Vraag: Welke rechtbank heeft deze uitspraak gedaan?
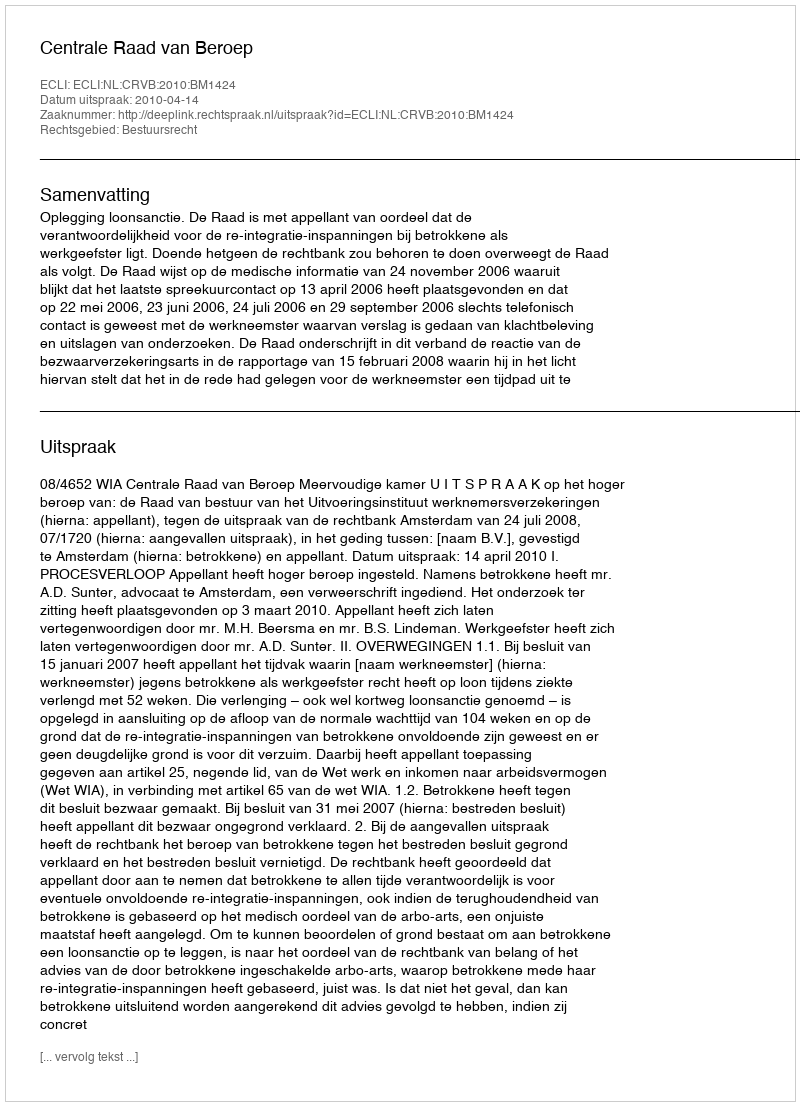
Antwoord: Centrale Raad van Beroep